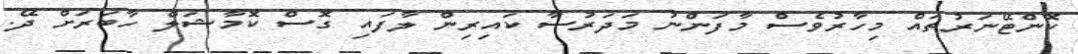
ކޮންޓޭނަރުތައް މިހާރުވެސް މާފަންނު މަދަރުސާ ކައިރިން ލާފައި ގޮސް ކޮމާޝަލް ހާބަރަށް ދޭ.